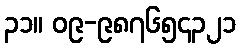
၃၁။ ၀၉-၉၈၇၆၅၄၃၂၁